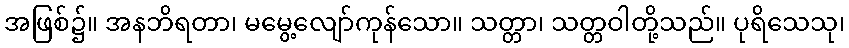
အဖြစ်၌။ အနဘိရတာ၊ မမွေ့လျော်ကုန်သော။ သတ္တာ၊ သတ္တဝါတို့သည်။ ပုရိသေသု၊